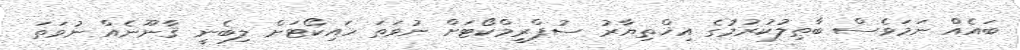
ބައެއް ނަމަވެސް ބާޠިލުކުރުމުގެ އިޚްތިޔާރު ސުޕްރީމްކޯޓަށް ނުވަތަ ހައިކޯޓަށް ލިބެނީ ޤާނޫނެއް ނުވަތަ